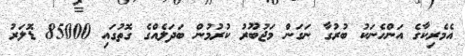
އެމެރިކާގެ އަންހެނަކު ބުރުގާ ނަގަން މަޖުބޫރު ކުރުމުން ބަދަލެއްގެ ގޮތުގައި 85000 ޑޮލަރު